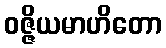
ဝဇ္ဇိယမာဟိတော